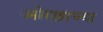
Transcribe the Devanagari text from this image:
ओरछाच्या